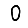
Digit: 0